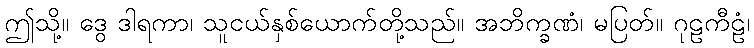
ဤသို့။ ဒွေ ဒါရကာ၊ သူငယ်နှစ်ယောက်တို့သည်။ အဘိက္ခဏံ၊ မပြတ်။ ဂုဠကီဠံ၊